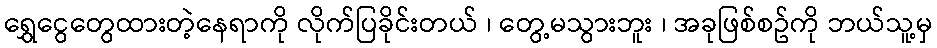
ရွှေငွေတွေထားတဲ့နေရာကို လိုက်ပြခိုင်းတယ် ၊ တွေ့မသွားဘူး ၊ အခုဖြစ်စဥ်ကို ဘယ်သူ့မှ